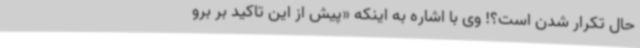
حال تکرار شدن است؟! وی با اشاره به اینکه «پیش از این تاکید بر برو